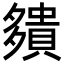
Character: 㚍